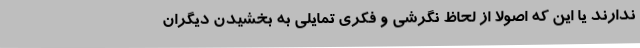
ندارند یا این‌ که اصولا از لحاظ نگرشی و فکری تمایلی به بخشیدن دیگران